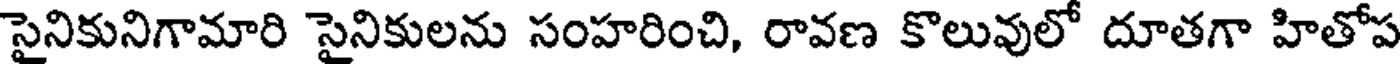
సైనికునిగామారి సైనికులను సంహరించి, రావణ కొలువులో దూతగా హితోప